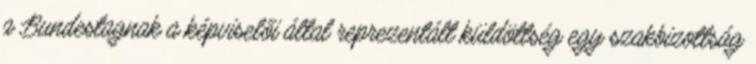
a Bundestagnak a képviselői által reprezentált küldöttség egy szakbizottság